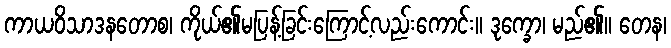
ကာယဝိသာဒနတောစ၊ ကိုယ်၏မပြန့်ခြင်းကြောင့်လည်းကောင်း။ ဒုက္ခော၊ မည်၏။ တေန၊